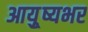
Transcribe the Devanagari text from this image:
आयु़्ष्यभर